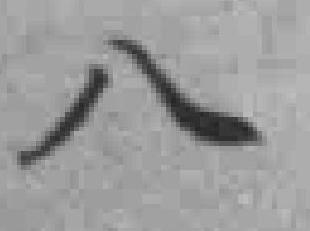
八